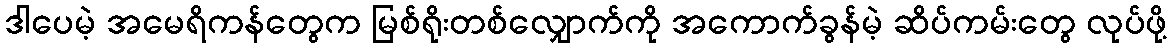
ဒါပေမဲ့ အမေရိကန်တွေက မြစ်ရိုးတစ်လျှောက်ကို အကောက်ခွန်မဲ့ ဆိပ်ကမ်းတွေ လုပ်ဖို့